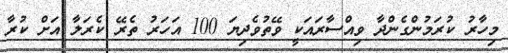
މިހާރު ކުރަމުންގެންދާ ވިއްސާރައަކީ ވޭތުވެދިޔަ 100 އަހަރު ތެރޭ ކެރަލާ އަށް ކުރާ